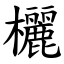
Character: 欐